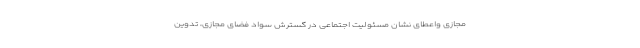
مجازی واعطای نشان مسئولیت اجتماعی در گسترش سواد فضای مجازی، تدوین